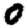
Digit: 0